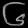
Digit: ၆